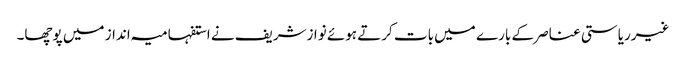
غیرریاستی عناصر کے بارے میں بات کرتے ہوئے نوازشریف نے استفہامیہ انداز میں پوچھا۔